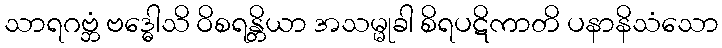
သာရဂဗ္ဘံ ဗဒ္ဓေါသိ ဝိစရန္တိယာ အသမ္မုခါ စိရပဋိကာတိ ပနာနိသံသော